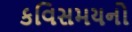
કવિસમયનો